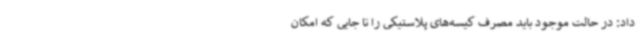
داد: در حالت موجود باید مصرف کیسه‌های پلاستیکی را تا جایی که امکان